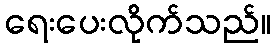
ရေးပေးလိုက်သည်။